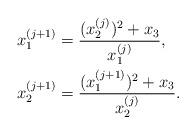
LaTeX: \begin{align*}x_1^{(j+1)}&=\frac{(x_2^{(j)})^2+x_3}{x_1^{(j)}},\\x_2^{(j+1)}&=\frac{(x_1^{(j+1)})^2+x_3}{x_2^{(j)}}.\end{align*}